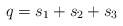
\begin{align*}\begin{aligned}q& = s_1 + s_2 + s_3 \\\end{aligned}\end{align*}